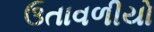
ઉતાવળીયો